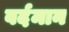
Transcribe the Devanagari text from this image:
वर्दमान